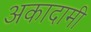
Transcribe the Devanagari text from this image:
अकादामी